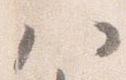
八